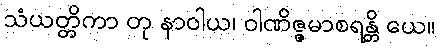
သံယတ္တိကာ တု နာဝါယ၊ ဝါဏိဇ္ဇမာစရန္တိ ယေ။